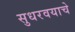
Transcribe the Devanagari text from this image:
सुधरवयाचे